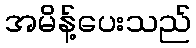
အမိန့်ပေးသည်